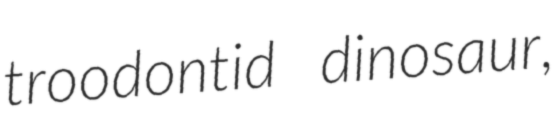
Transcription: troodontid dinosaur,